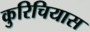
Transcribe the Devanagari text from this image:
कुरिचियास